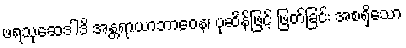
ဖရသုဆေဒါဒိ အန္တရာယာဘာဝေန၊ ပုဆိန်ဖြင့် ဖြတ်ခြင်း အစရှိသော